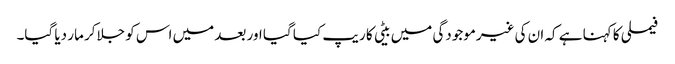
فیملی کا کہنا ہے کہ ان کی غیرموجودگی میں بیٹی کا ریپ کیا گیا اور بعد میں اس کو جلاکر مار دیا گیا۔